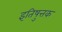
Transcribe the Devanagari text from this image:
इतिषुत्तक